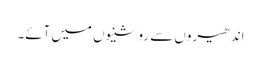
اندھیروں سے روشنیوں میں آئے۔